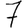
Digit: 7